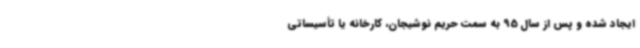
ایجاد شده و پس از سال 95 به سمت حریم نوشیجان، کارخانه یا تأسیساتی